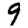
Digit: 9